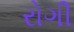
રોગી